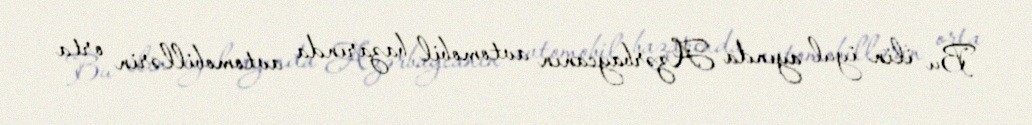
Bu ilin iyul ayında Azərbaycanın avtomobil bazarında avtomobillərin orta